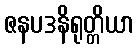
ဇနပဒနိရုတ္တိယာ